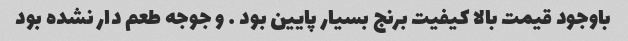
باوجود قیمت بالا کیفیت برنج بسیار پایین بود … و جوجه طعم دار نشده بود